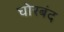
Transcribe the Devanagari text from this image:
घोरबंद